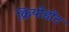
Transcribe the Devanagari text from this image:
क्रियोडोंट